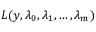
L ( y , \lambda _ { 0 } , \lambda _ { 1 } , \ldots , \lambda _ { m } )